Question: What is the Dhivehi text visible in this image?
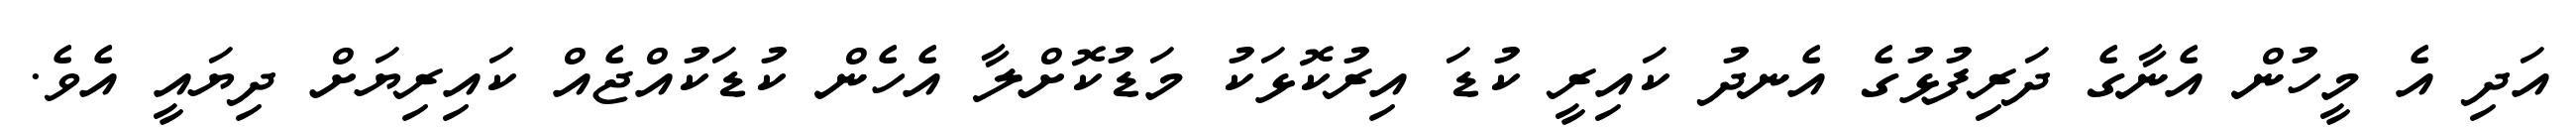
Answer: އަދި އެ މީހުން އެނާގެ ދަރިފުޅުގެ އެނދު ކައިރީ ކުޑަ އިރުކޮޅަކު މަޑުކޮށްލާ އެހެން ކުޑަކުއްޖެއް ކައިރިޔަށް ދިޔައީ އެވެ.